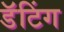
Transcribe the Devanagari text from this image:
डॅटिंग